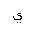
Letter: _ya